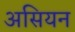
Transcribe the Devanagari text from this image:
असियन